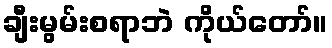
ချီးမွမ်းစရာဘဲ ကိုယ်တော်။